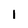
Character: 1